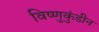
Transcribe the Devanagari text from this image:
विष्णुकुंडीन